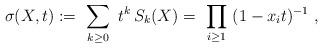
LaTeX: \begin{align*}\sigma(X,t) := \ \sum_{k\geq 0} \ t^k\, S_k(X)= \ \prod_{i\geq 1}\ (1-x_it)^{-1}\ ,\end{align*}